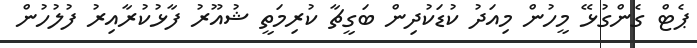
ޕެޓް ގެންގުޅޭ މީހުން މިއަދު ކުޑަކުދިން ބަގީޗާ ކުރިމަތީ ޝުއޫރު ފާޅުކުރާއިރު ފުލުހުން